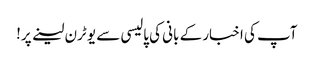
آپ کی اخبار کے بانی کی پالیسی سے یو ٹرن لینے پر!